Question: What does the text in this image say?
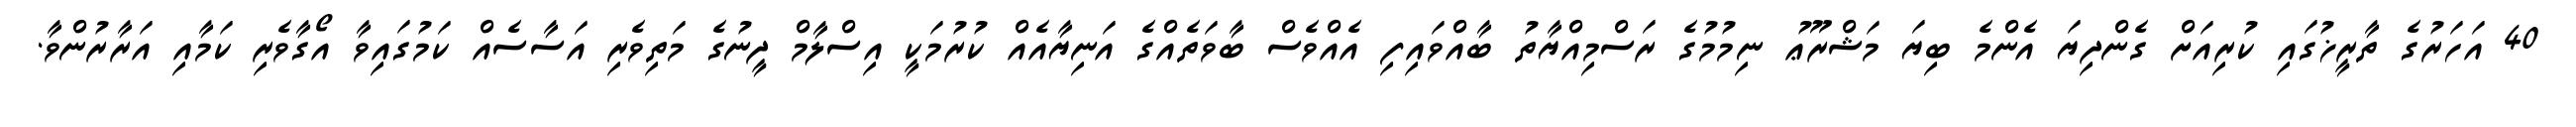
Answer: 40 އަހަރުގެ ތާރީޚުގައި ކުރިއަށް ގެންދިޔަ އެންމެ ބިޔަ މަޝްރޫޢު ނިމުމުގެ ރަސްމިއްޔާތު ބާއްވައިފި އެއްވެސް ބާވަތެއްގެ އަނިޔާއެއް ކުރުމަކީ އިސްލާމް ދީނުގެ މަތިވެރި އަސާސެއް ކަމުގައިވާ އޯގާވެރި ކަމާއި އަރާރުންވާ.